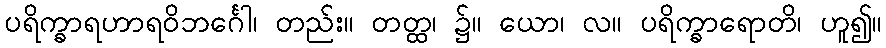
ပရိက္ခာရဟာရဝိဘင်္ဂေါ၊ တည်း။ တတ္ထ၊ ၌။ ယော၊ လ။ ပရိက္ခာရောတိ၊ ဟူ၍။